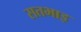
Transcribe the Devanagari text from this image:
सतभाइ